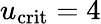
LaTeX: u_{\mathrm{crit}}=4